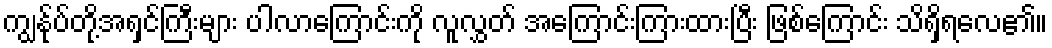
ကျွန်ုပ်တို့အရှင်ကြီးများ ပါလာကြောင်းကို လူလွှတ် အကြောင်းကြားထားပြီး ဖြစ်ကြောင်း သိရှိရလေ၏။